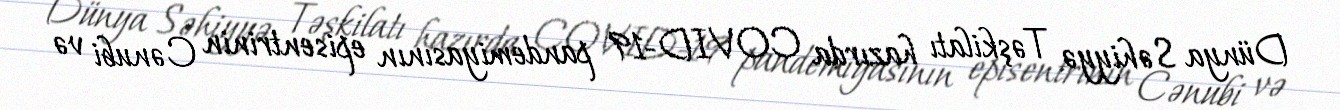
Dünya Səhiyyə Təşkilatı hazırda COVID-19 pandemiyasının episentrinin Cənubi və